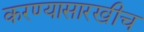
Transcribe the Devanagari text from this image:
करण्यासारखीच